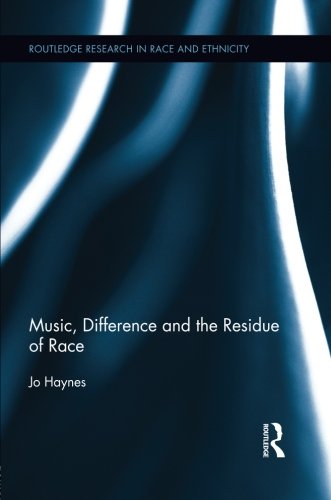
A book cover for Music, Difference and the Residue of Race; Jo Haynes; History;